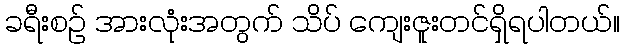
ခရီးစဉ် အားလုံးအတွက် သိပ် ကျေးဇူးတင်ရှိရပါတယ်။